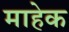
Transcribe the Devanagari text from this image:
माहेक